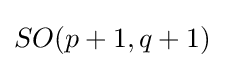
SO(p+1,q+1)